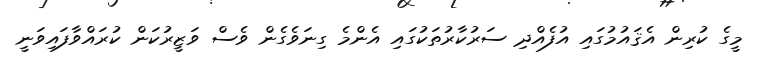
މީގެ ކުރިން އެޤައުމުގައި އުފެއްދި ސަރުކާރުތަކުގައި އެންމެ ގިނަވެގެން ވެސް ވަޒީރުކަން ކުރައްވާފައިވަނީ